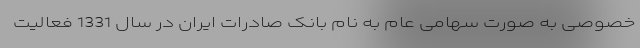
خصوصی به صورت سهامی عام به نام بانک صادرات ایران در سال 1331 فعالیت